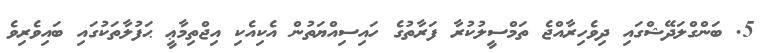
5. ބަންގްލަދޭޝްގައި ދިވެހިރާއްޖެ ތަމްސީލުކުރާ ފަރާތުގެ ހައިސިއްޔަތުން އެކިއެކި އިޖްތިމާޢީ ޙަފުލާތަކުގައި ބައިވެރިވެ